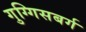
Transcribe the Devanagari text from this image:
गुग्गिसबर्ग